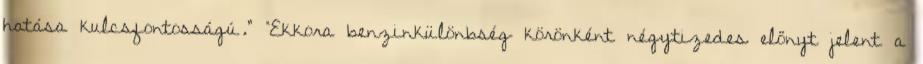
hatása kulcsfontosságú.” “Ekkora benzinkülönbség körönként négytizedes előnyt jelent a